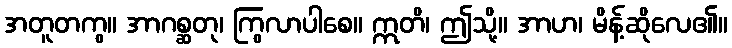
အတူတကွ။ အာဂစ္ဆတု၊ ကြွလာပါစေ။ ဣတိ၊ ဤသို့။ အာဟ၊ မိန့်ဆိုလေ၏။